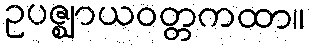
ဥပဇ္ဈာယဝတ္တကထာ။